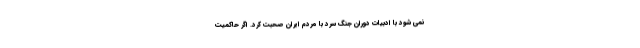
نمی شود با ادبیات دوران جنگ سرد با مردم ایران صحبت کرد. اگر حاکمیت